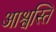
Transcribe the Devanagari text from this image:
आश्वस्ति